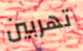
تهربين